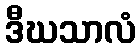
ဒီဃသာလံ